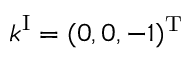
\boldsymbol { k } ^ { \mathrm { I } } = ( 0 , 0 , - 1 ) ^ { \mathrm { T } }